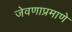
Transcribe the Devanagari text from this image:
जेवणाप्रमाणे